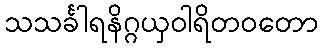
သသင်္ခါရနိဂ္ဂယှဝါရိတဝတော